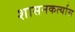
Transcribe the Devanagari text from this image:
शासनकर्त्यास